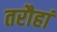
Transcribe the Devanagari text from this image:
तरौहां